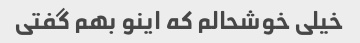
خیلی خوشحالم که اینو بهم گفتی